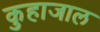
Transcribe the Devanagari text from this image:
कुहाजाल